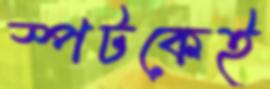
স্পটকেই